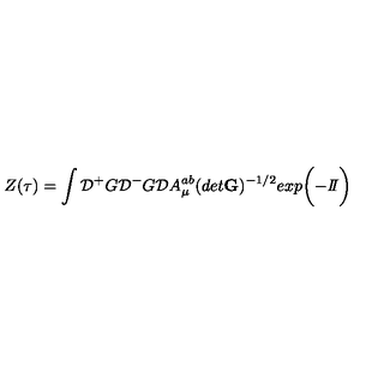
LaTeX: Z ( \tau ) = \int { \cal D } { ^ + } G { \cal D } { ^ - } G { \cal D } A _ { \mu } ^ { a b } ( d e t { \bf G } ) ^ { - 1 / 2 } e x p \bigg ( { - { I \! \! I } } \bigg )